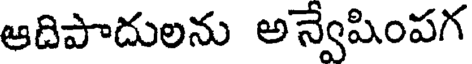
ఆదిపాదులను అన్వేషింపగ